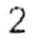
2